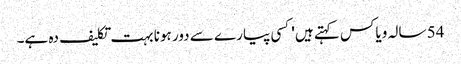
54 سالہ ویاکس کہتے ہیں 'کسی پیارے سے دور ہونا بہت تکلیف دہ ہے۔